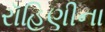
રૉહિણીના